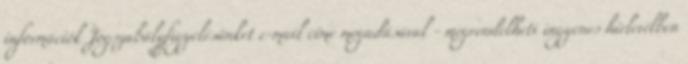
információk Jogszabályfigyelésünket e-mail címe megadásával - megrendelheti ingyenes hírlevélben